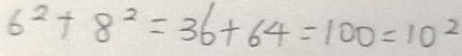
6 ^ { 2 } + 8 ^ { 2 } = 3 6 + 6 4 = 1 0 0 = 1 0 ^ { 2 }